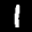
Label: 1